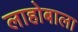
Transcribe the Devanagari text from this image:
लाहोबाला